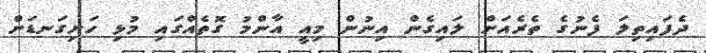
ދެފައިތިލަ ފެނުގެ ތެރެއަށް ލައިގެން އިނުން މިއީ އާންމު ގޮތެއްގައި މުޅި ހަށިގަނޑަށް